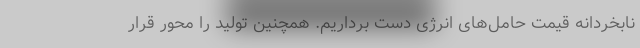
نابخردانه قیمت حامل‌های انرژی دست برداریم. همچنین تولید را محور قرار